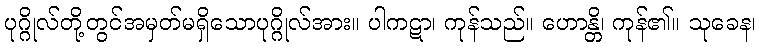
ပုဂ္ဂိုလ်တို့တွင်အမှတ်မရှိသောပုဂ္ဂိုလ်အား။ ပါကဋာ၊ ကုန်သည်။ ဟောန္တိ၊ ကုန်၏။ သုခေန၊